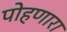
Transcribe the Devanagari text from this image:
पोहणारा